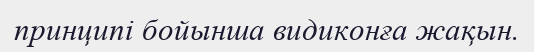
принципі бойынша видиконға жақын.